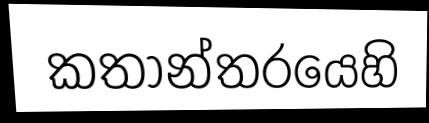
කතාන්තරයෙහි